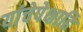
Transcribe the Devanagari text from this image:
यांचेपेक्षाहि